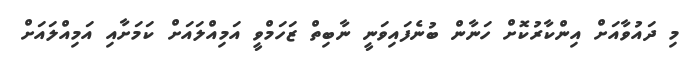
މި ދައުވާއަށް އިންކާރުކޮށް ހަނާން ބުނެފައިވަނީ ނާބިތް ޒަހަމްވީ އަމިއްލައަށް ކަމަށާއި އަމިއްލައަށް